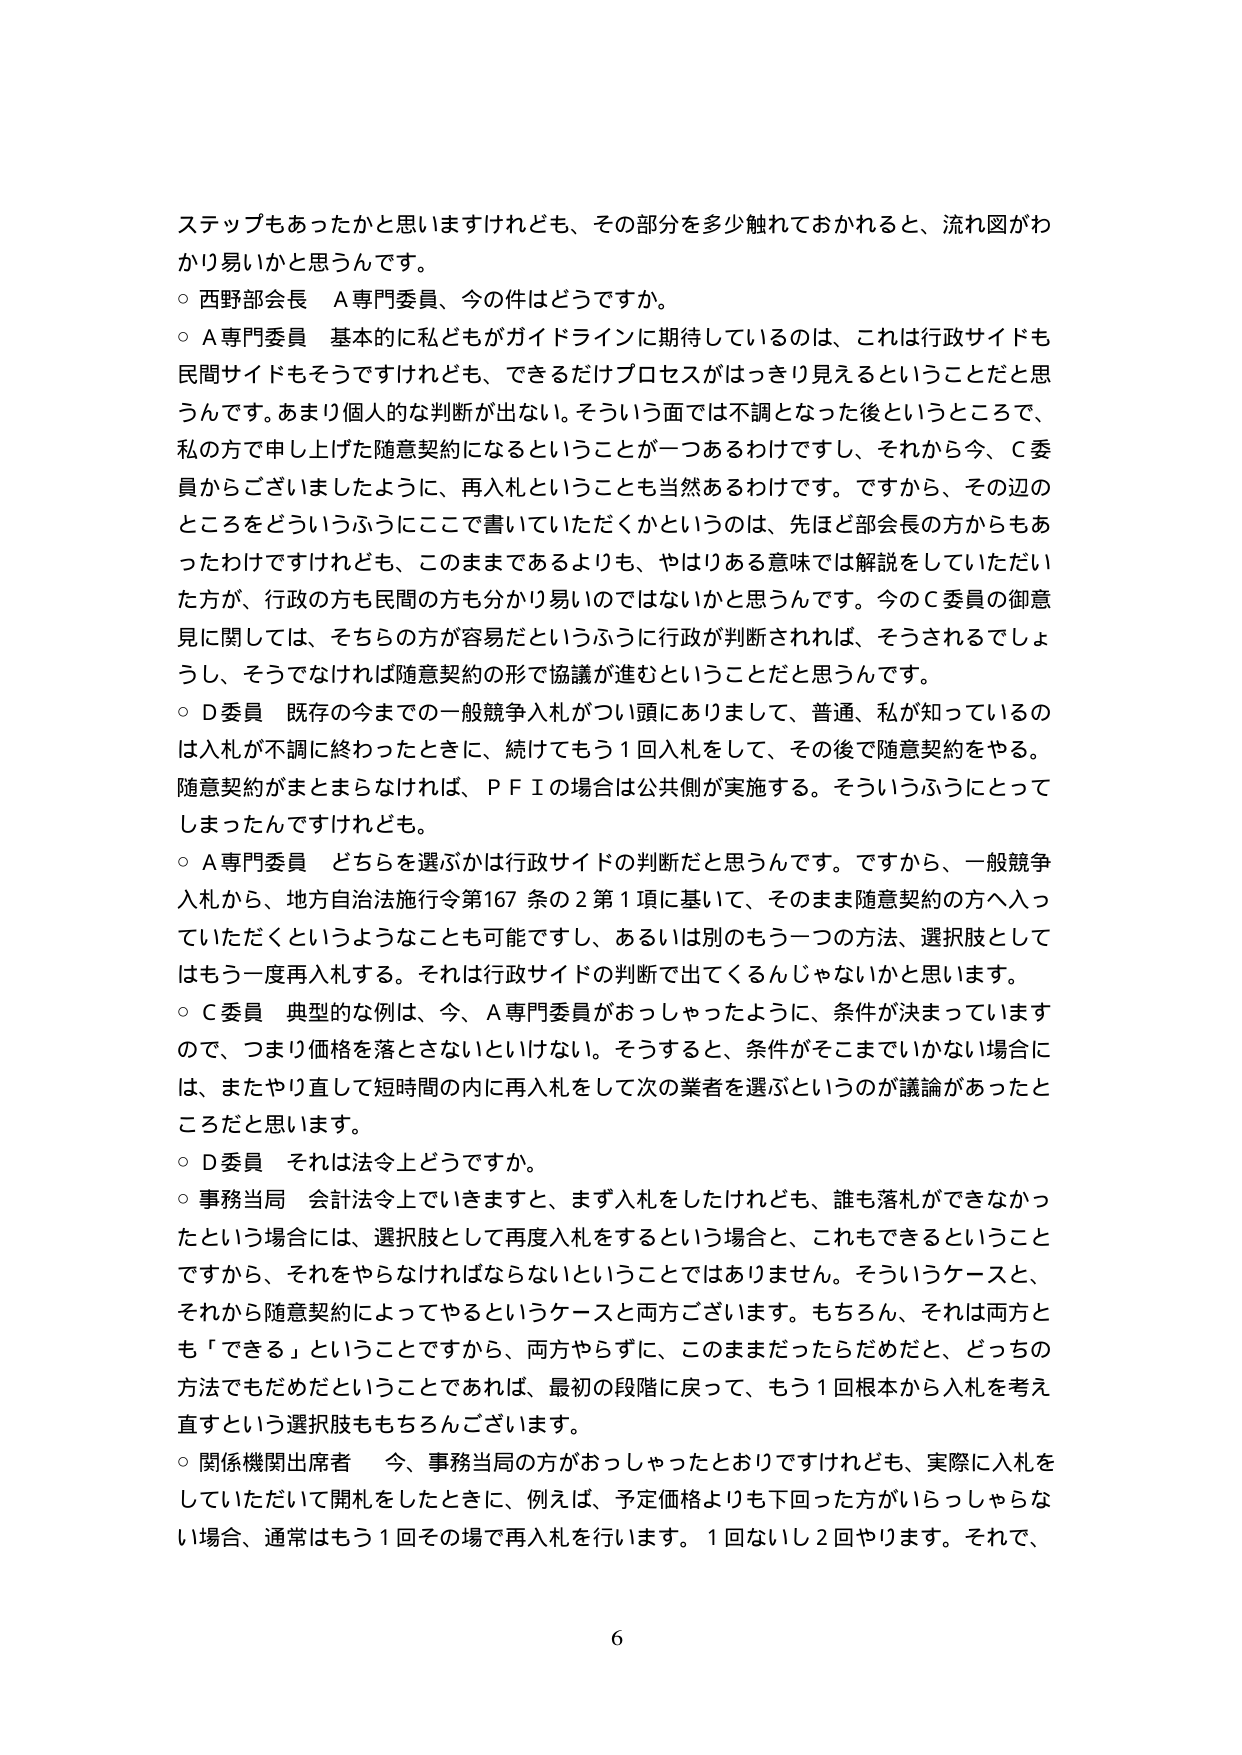
ステップもあったかと思いますけれども、その部分を多少触れておかれると、流れ図がわかり易いかと思うんです。

○ 西野部会長　A専門委員、今の件はどうですか。

○ A専門委員　基本的に私どもがガイドラインに期待しているのは、これは行政サイドも民間サイドもそうですけれども、できるだけプロセスがはっきり見えるということだと思うんです。あまり個人的な判断が出ない。そういう面では不調となった後というところで、私の方で申し上げた随意契約になるということが一つあるわけですし、それから今、C委員からございましたように、再入札ということも当然あるわけです。ですから、その辺のところをどういうふうにここで書いていただくかというのは、先ほど部会長の方からもあったわけですがけれども、このままであるよりも、やはりある意味では解説をしていただいた方が、行政の方も民間の方も分かり易いのではないかと思うんです。今のC委員の御意見に関しては、そちらの方が容易だというふうに行政が判断されれば、そうされるでしょうし、そうでなければ随意契約の形で協議が進むということだと思います。

○ D委員　既存の今までの一般競争入札がつい頭にありまして、普通、私が知っているのは入札が不調に終わったときに、続けてもう1回入札をして、その後で随意契約をやる。随意契約がまとまらなければ、PFIの場合は公共側が実施する。そういうふうにとってしまたんですけども。

○ A専門委員　どちらを選ぶかは行政サイドの判断だと思うんです。ですから、一般競争入札から、地方自治法施行令第167条の2第1項に基づいて、そのまま随意契約の方へ入っていただくというようなことも可能ですし、あるいは別のもう一つの方法、選択肢としてはもう一度再入札する。それは行政サイドの判断で出てくるんじゃないかと思います。

○ C委員　典型的な例は、今、A専門委員がおっしゃったように、条件が決まっていますので、つまり価格を落とさないといけない。そうすると、条件がそこまでいかない場合には、またやり直して短時間の内に再入札をして次の業者を選ぶというのが議論があったところだと思います。

○ D委員　それは法令上どうですか。

○ 事務当局　会計法令上でいきますと、まず入札をしたけれども、誰も落札ができなかったという場合には、選択肢として再度入札をするという場合と、これもできるということですから、それをやらなければならないということではありません。そういうケースと、それから随意契約によってやるというケースと両方ございます。もちろん、それは両方とも「できる」ということですから、両方やらずに、このままだったらだめだと、どっちの方法でもだめだということであれば、最初の段階に戻って、もう1回根本から入札を考え直すという選択肢ももちろんございます。

○ 関係機関出席者　今、事務当局の方がおっしゃったとおりですけれども、実際に入札をしていただいて開札をしたときに、例えば、予定価格よりも下回った方がいらっしゃらない場合、通常はもう1回その場で再入札を行います。1回ないし2回やります。それで、

6